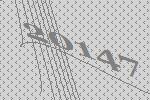
20147